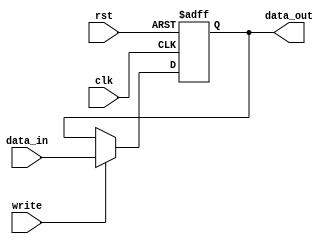
module Accumilator
        (input clk,write,rst,
        input [15:0] data_in,
        output reg[15:0] data_out);

	always @(posedge clk or posedge rst)
           begin
                 if ( rst ) data_out <= 0;
                 else if ( write ) data_out <= data_in;  
           end

endmodule